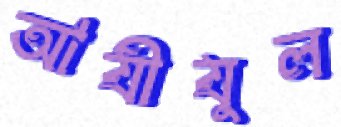
আযীযুল